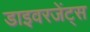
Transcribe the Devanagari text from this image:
डाइवरजेंट्स